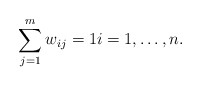
\begin{align*}\sum_{j=1}^m{w_{ij}}=1 i=1,\dots, n.\end{align*}